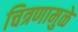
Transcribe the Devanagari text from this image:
चित्रणामुळे